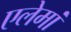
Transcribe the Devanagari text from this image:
एलेमां